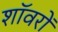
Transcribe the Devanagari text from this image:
शॉवरों